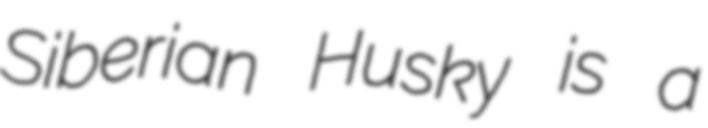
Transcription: Siberian Husky is a